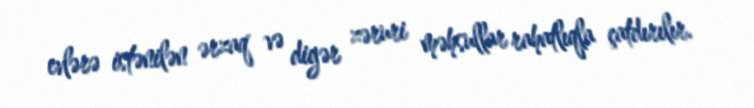
evlərə istənilən ərzaq və digər zəruri məhsullar rahatlıqla çatdırılır.